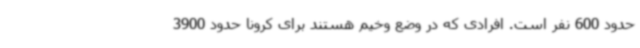
حدود 600 نفر است. افرادی که در وضع وخیم هستند برای کرونا حدود 3900